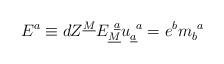
LaTeX: \begin{align*}E^a \equiv dZ^{\underline{M}} E_{\underline{M}}^{~\underline{a}}u_{\underline{a}}^{~a}= e^b m_b^{~a} \qquad\end{align*}